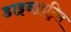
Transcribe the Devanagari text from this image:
डाइनाइट्रिल